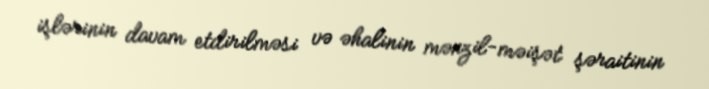
işlərinin davam etdirilməsi və əhalinin mənzil-məişət şəraitinin